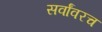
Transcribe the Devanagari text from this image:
सर्वांवरच